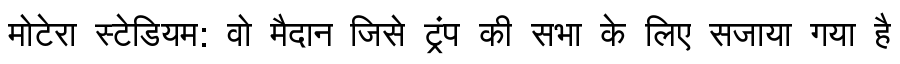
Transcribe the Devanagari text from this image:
मोटेरा स्टेडियम: वो मैदान जिसे ट्रंप की सभा के लिए सजाया गया है